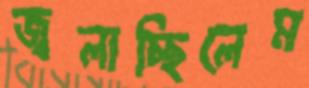
জ্বলাচ্ছিলেম